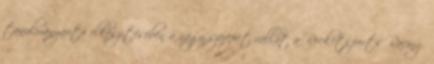
tanulmányautó elkészítésében a nagy szerepet vállat a Rocketsports Racing